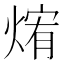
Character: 𰟃